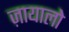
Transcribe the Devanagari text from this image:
ज़ायालो